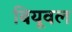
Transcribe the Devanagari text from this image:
बियूवल